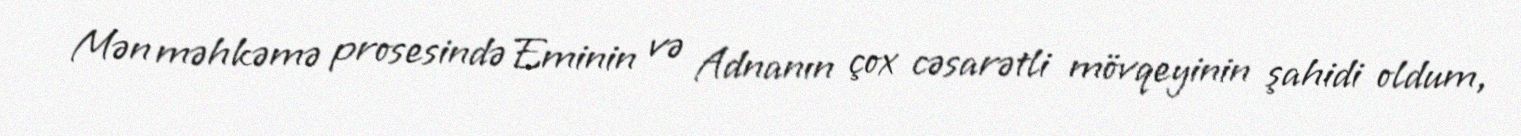
Mən məhkəmə prosesində Eminin və Adnanın çox cəsarətli mövqeyinin şahidi oldum,